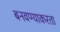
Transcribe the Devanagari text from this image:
बनवण्याकरता